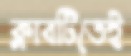
ক্লাবটিতেই